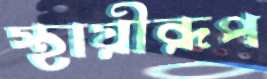
স্থায়ীরূপ